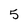
Character: 5